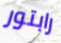
رابتور